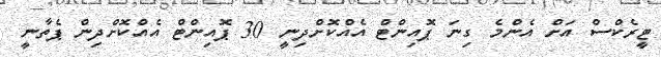
ޓީރެކްސް އަށް އެންމެ ގިނަ ޕޮއިންޓް އެއްކޮށްދިނީ 30 ޕޮއިންޓް އެއްކޮށްދިން ޕެތާނީ